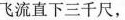
飞流直下三千尺，